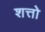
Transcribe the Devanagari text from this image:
शत्तो